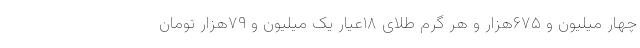
چهار میلیون و ۶۷۵هزار و هر گرم طلای ۱۸عیار یک میلیون و ۷۹هزار تومان